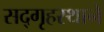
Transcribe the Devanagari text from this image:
सद्‌गृहस्थाने